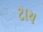
ટાય